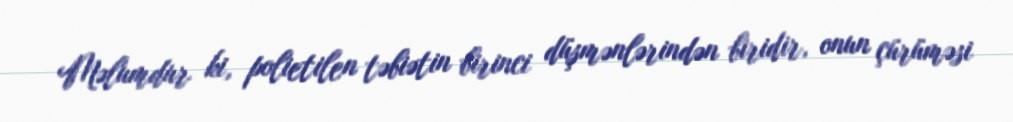
Məlumdur ki, polietilen təbiətin birinci düşmənlərindən biridir, onun çürüməsi